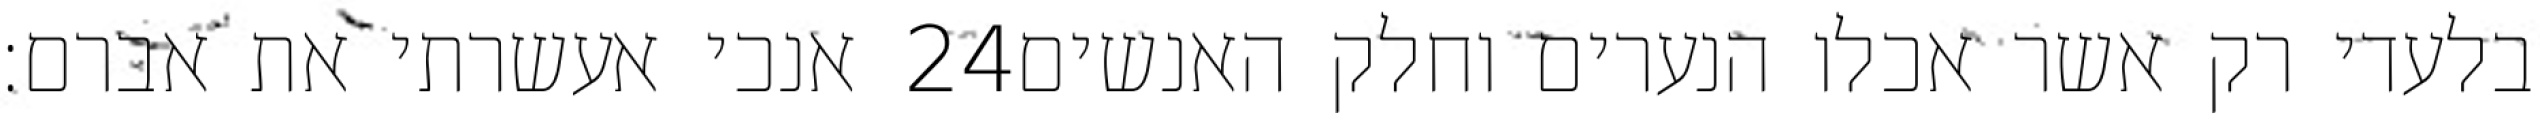
אנכי אעשרתי את אברם׃ ‎24‏ בלעדי רק אשר אכלו הנערים וחלק האנשים